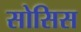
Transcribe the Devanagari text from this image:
सोसिस